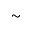
\sim